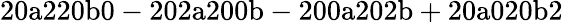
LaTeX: \mathrm{20a220b0-202a200b-200a202b+20a020b2}